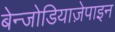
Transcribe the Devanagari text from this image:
बेन्जोडियाज़ेपाइन